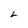
Character: L